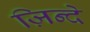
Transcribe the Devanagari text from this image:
ज़िन्दे